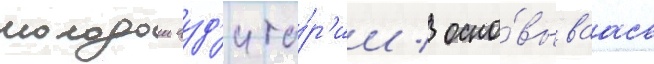
молодои ауд'ито́р'ии / осно́вываась